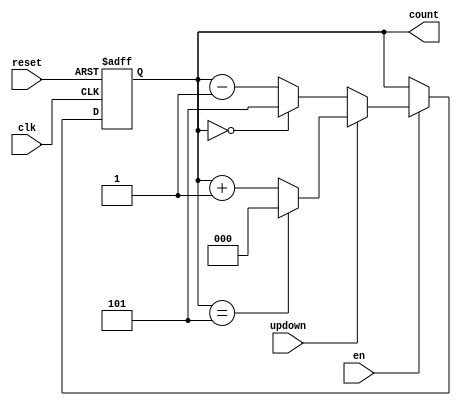
module Binary_Counter # (parameter x =3, n=6)(input clk, reset, en, updown, output [x-1:0] count);
reg [x-1:0] count;
always @ (posedge clk, posedge reset)
begin 
    if(reset == 1)
        count <= 0;
    else
    if (en == 1)
        if(updown)
            if (count== n-1) 
                count <=0;
            else 
                count <=count+1;
        else
             if (count== 0) 
                count <=n-1;
            else 
                count <=count-1;           
    else
        count <= count;
    
end 
endmodule